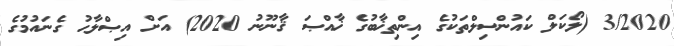
3/2020 (ލޯކަލް ކައުންސިލްތަކުގެ އިންތިޚާބުގެ ޚާއްޞަ ޤާނޫނު 2020) އަށް އިޞްލާޙު ގެނައުމުގެ